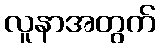
လူနာအတွက်